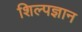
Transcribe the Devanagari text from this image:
शिल्पज्ञान